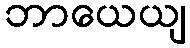
ဘာယေယျ